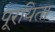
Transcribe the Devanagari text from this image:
पूरयिता